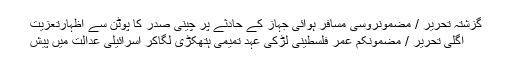
گزشتہ تحریر / مضمونروسی مسافر ہوائی جہاز کے حادثے پر چینی صدر کا پُوٹن سے اظہارِتعزیت
اگلی تحریر / مضمونکم عمر فلسطینی لڑکی عہد تمیمی ہتھکڑی لگاکر اسرائیلی عدالت میں پیش